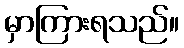
မှာကြားရသည်။